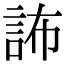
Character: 𧦞